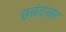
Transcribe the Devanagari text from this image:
छछंदसार